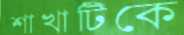
শাখাটিকে